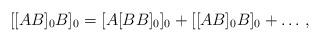
LaTeX: \begin{align*}[[AB]_0B ]_0 = [A[BB]_0]_0 + [[AB]_0B]_0 +\ldots \,,\end{align*}